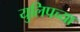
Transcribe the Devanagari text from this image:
युलिपच्या